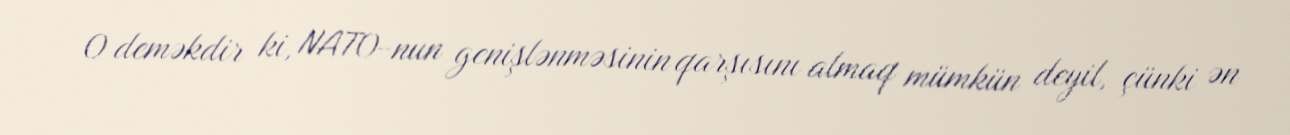
O deməkdir ki, NATO-nun genişlənməsinin qarşısını almaq mümkün deyil, çünki ən